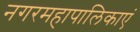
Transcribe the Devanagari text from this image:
नगरमहापालिकाएं